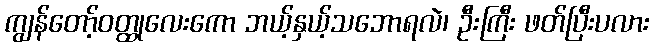
ကျွန်တော့်ဝတ္ထုလေးကော ဘယ့်နှယ့်သဘောရလဲ၊ ဦးကြီး ဖတ်ပြီးပလား